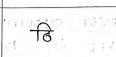
मजकूर: ठि